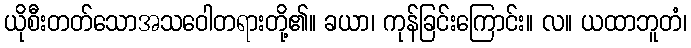
ယိုစီးတတ်သောအသဝေါတရားတို့၏။ ခယာ၊ ကုန်ခြင်းကြောင်း။ လ။ ယထာဘူတံ၊